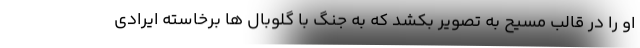
او را در قالب مسیح به تصویر بکشد که به جنگ با گلوبال ها برخاسته ایرادی